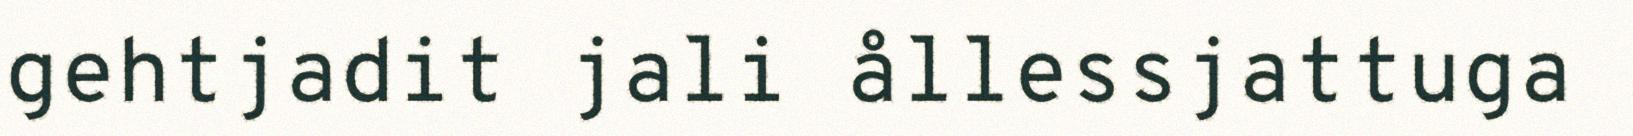
gehtjadit jali ållessjattuga